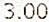
3.00